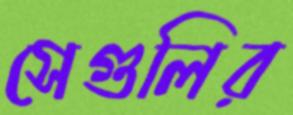
সেগুলির